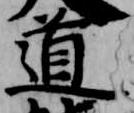
道